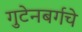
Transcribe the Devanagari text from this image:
गुटेनबर्गचे